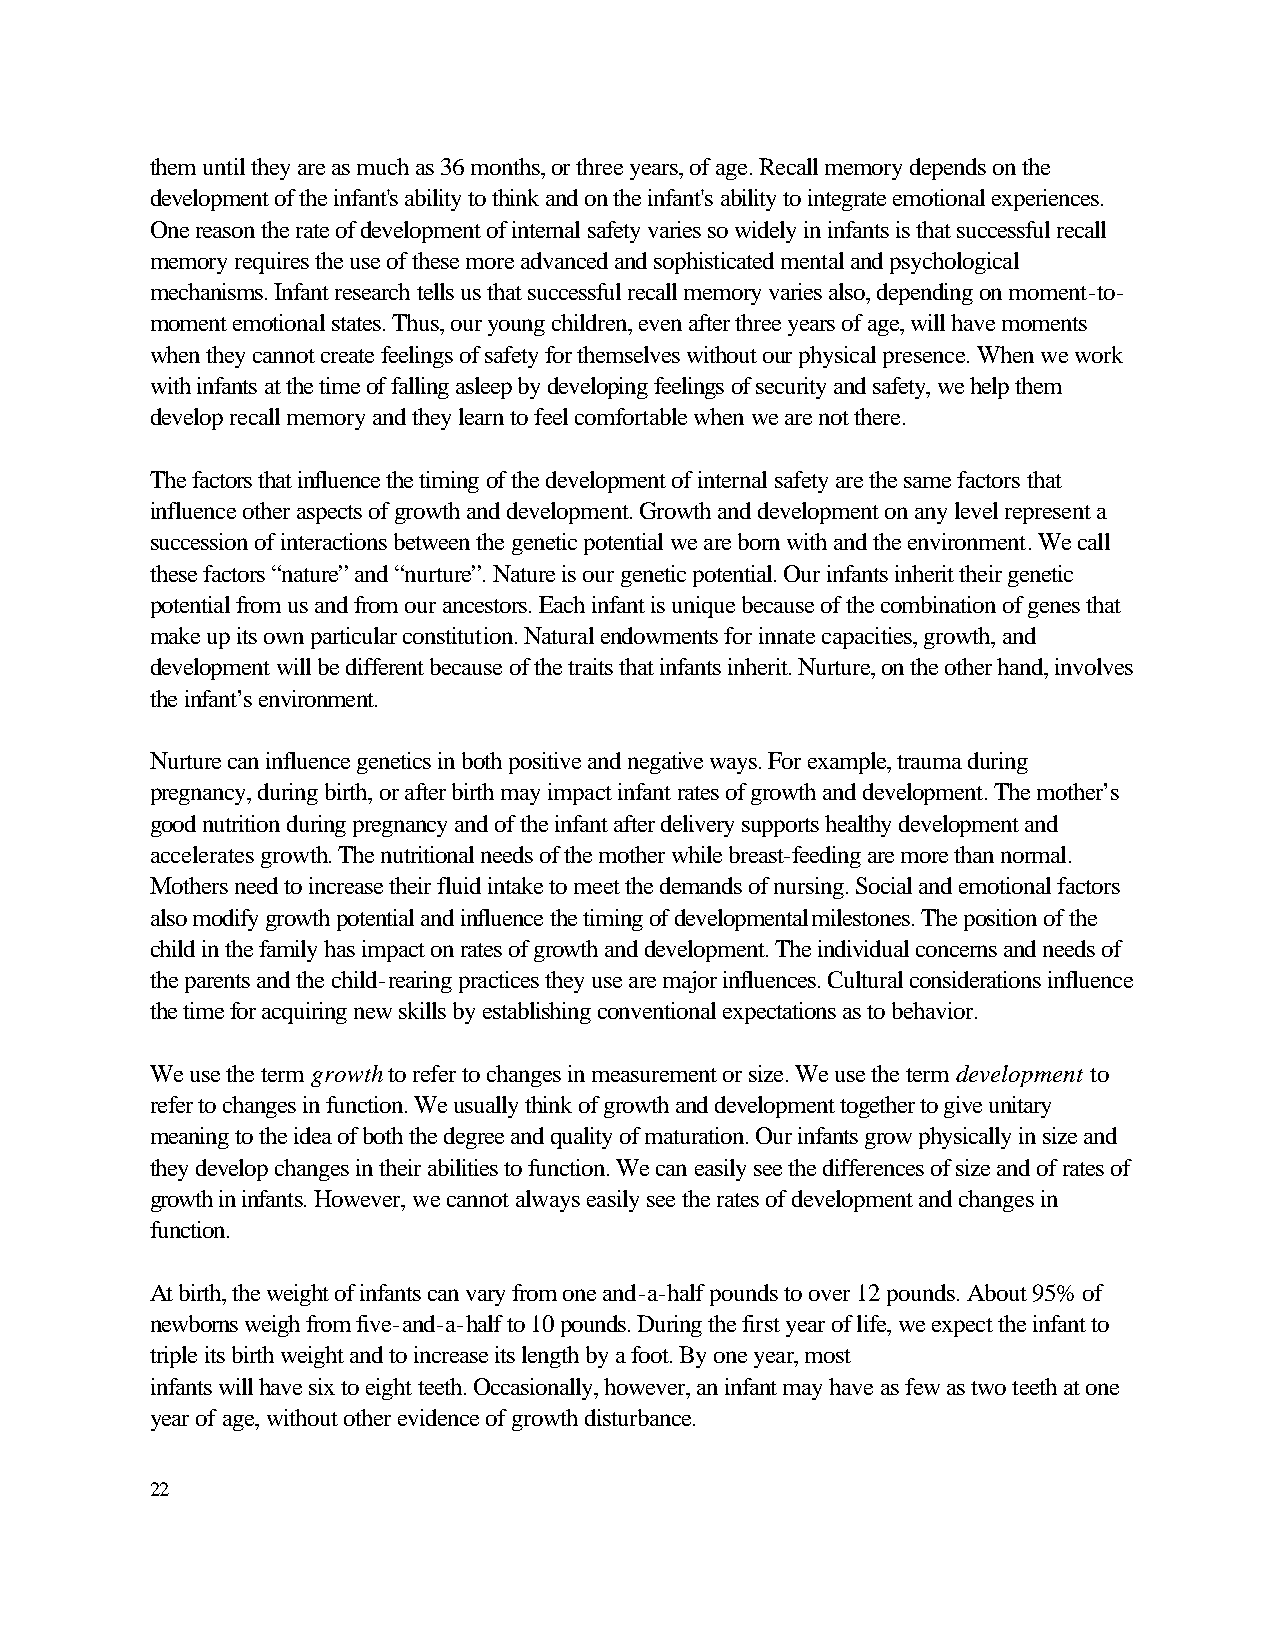
them until they are as much as 36 months, or three years, of age. Recall memory depends on the
 development of the infant's ability to think and on the infant's ability to integrate emotional experiences.
 One reason the rate of development of internal safety varies so widely in infants is that successful recall
 memory requires the use of these more advanced and sophisticated mental and psychological
 mechanisms. Infant research tells us that successful recall memory varies also, depending on moment-to-
 moment emotional states. Thus, our young children, even after three years of age, will have moments
 when they cannot create feelings of safety for themselves without our physical presence. When we work
 with infants at the time of falling asleep by developing feelings of security and safety, we help them
 develop recall memory and they learn to feel comfortable when we are not there.
 The factors that influence the timing of the development of internal safety are the same factors that
 influence other aspects of growth and development. Growth and development on any level represent a
 succession of interactions between the genetic potential we are born with and the environment. We call
 these factors “nature” and “nurture”. Nature is our genetic potential. Our infants inherit their genetic
 potential from us and from our ancestors. Each infant is unique because of the combination of genes that
 make up its own particular constitution. Natural endowments for innate capacities, growth, and
 development will be different because of the traits that infants inherit. Nurture, on the other hand, involves
 the infant’s environment.
 Nurture can influence genetics in both positive and negative ways. For example, trauma during
 pregnancy, during birth, or after birth may impact infant rates of growth and development. The mother’s
 good nutrition during pregnancy and of the infant after delivery supports healthy development and
 accelerates growth. The nutritional needs of the mother while breast-feeding are more than normal.
 Mothers need to increase their fluid intake to meet the demands of nursing. Social and emotional factors
 also modify growth potential and influence the timing of developmental milestones. The position of the
 child in the family has impact on rates of growth and development. The individual concerns and needs of
 the parents and the child-rearing practices they use are major influences. Cultural considerations influence
 the time for acquiring new skills by establishing conventional expectations as to behavior.
 We use the term growth to refer to changes in measurement or size. We use the term development to
 refer to changes in function. We usually think of growth and development together to give unitary
 meaning to the idea of both the degree and quality of maturation. Our infants grow physically in size and
 they develop changes in their abilities to function. We can easily see the differences of size and of rates of
 growth in infants. However, we cannot always easily see the rates of development and changes in
 function.
 At birth, the weight of infants can vary from one and-a-half pounds to over 12 pounds. About 95% of
 newborns weigh from five-and-a-half to 10 pounds. During the first year of life, we expect the infant to
 triple its birth weight and to increase its length by a foot. By one year, most
 infants will have six to eight teeth. Occasionally, however, an infant may have as few as two teeth at one
 year of age, without other evidence of growth disturbance.
 22